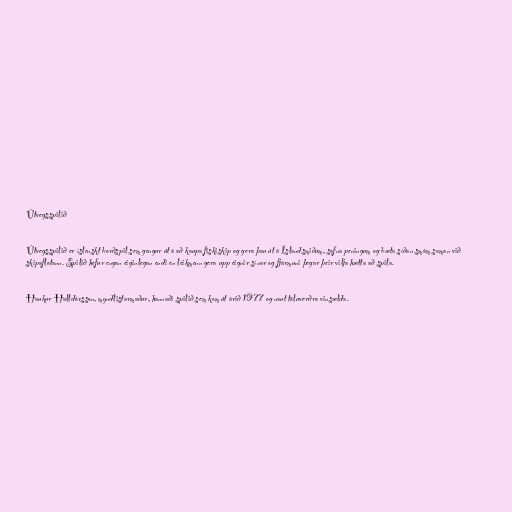
Útvegsspilið

Útvegsspilið er íslenskt borðspil sem gengur út á að kaupa fiskiskip og gera þau út á Íslandsmiðum, safna peningum og bæta síðan smám saman við
skipaflotann. Spilið hefur engan eiginlegan endi en leikmenn gera upp eignir sínar og fjármuni þegar þeir vilja hætta að spila.

Haukur Halldórsson, myndlistarmaður, hannaði spilið sem kom út árið 1977 og naut töluverðra vinsælda.